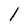
Character: 1